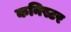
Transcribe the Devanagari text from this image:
कनिस्टर